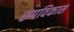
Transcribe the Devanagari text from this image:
रुपविकास